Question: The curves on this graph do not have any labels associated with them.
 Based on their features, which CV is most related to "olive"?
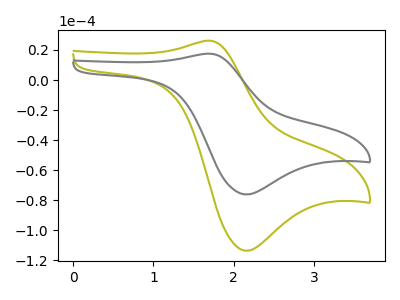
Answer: <think>The olive curve "olive" has an anodic peak at (1.70V, 26.15uA) and a cathodic peak at (2.15V, -113.70uA). The gray curve "gray" has an anodic peak at (1.70V, 17.55uA) and a cathodic peak at (2.15V, -76.15uA).
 All the peaks in "olive" have a peak in "gray" at the same potential. Every peak in "olive" is higher than every peak in "gray".</think>
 <answer>The CV with the most similar shape to "gray" is "olive".</answer>
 <eval>"olive"</eval>